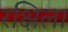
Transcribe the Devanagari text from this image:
रक्षिला